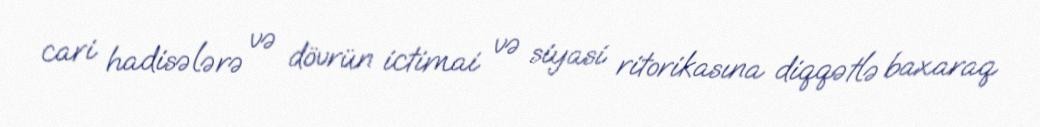
cari hadisələrə və dövrün ictimai və siyasi ritorikasına diqqətlə baxaraq